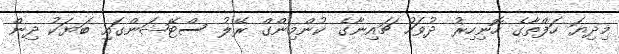
މިދިޔަ ހަފްތާގެ ހޮނިހިރު ދުވަހު ޗައިނާގެ ކުންމިންގް ރޭލު ސްޓޭޝަންގައި ބަޔަކު ދިން